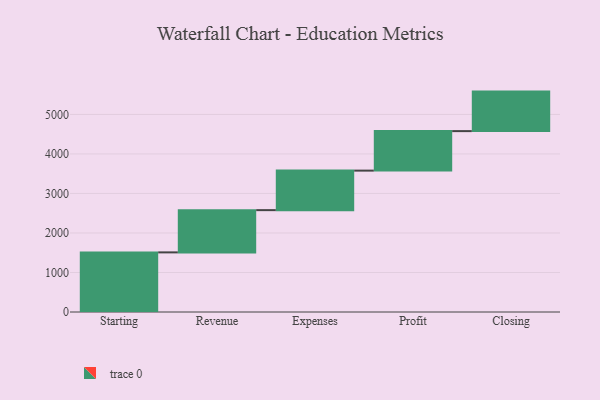
{"axis": {"x": "Step", "y": "Value"}, "legend": [""], "data": [{"x": "Starting", "y": 1509.0, "type": ""}, {"x": "Revenue", "y": 1069.0, "type": ""}, {"x": "Expenses", "y": 1000, "type": ""}, {"x": "Profit", "y": 1000, "type": ""}, {"x": "Closing", "y": 1000, "type": ""}]}